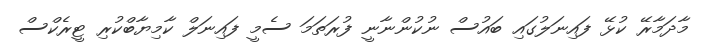
މާދަމާރޭ ކުޅޭ ފައިނަލުގައި ބައުސް ނުކުންނާނީ ފުރަތަމަ ސެމީ ފައިނަލް ކާމިޔާބްކުރި ޓީރެކްސް